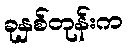
ခုနှစ်တုန်းက